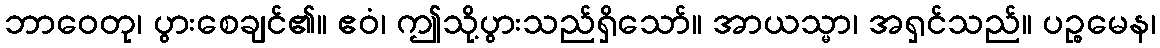
ဘာဝေတု၊ ပွားစေချင်၏။ ဧဝံ၊ ဤသို့ပွားသည်ရှိသော်။ အာယသ္မာ၊ အရှင်သည်။ ပဉ္စမေန၊